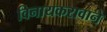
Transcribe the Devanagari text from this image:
विनायकरावाने